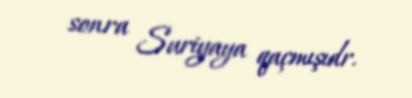
sonra Suriyaya qaçmışıdr.